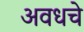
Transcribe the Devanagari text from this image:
अवधचे